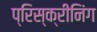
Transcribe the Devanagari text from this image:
प्रिस्क्रीनिंग